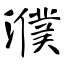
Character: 濮